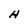
Character: H